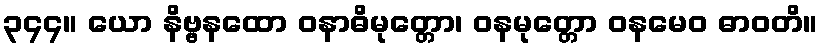
၃၄၄။ ယော နိဗ္ဗနထော ဝနာဓိမုတ္တော၊ ဝနမုတ္တော ဝနမေဝ ဓာဝတိ။